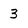
Character: 3